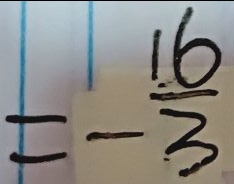
= - \frac { 1 6 } { 3 }